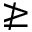
\ngeq